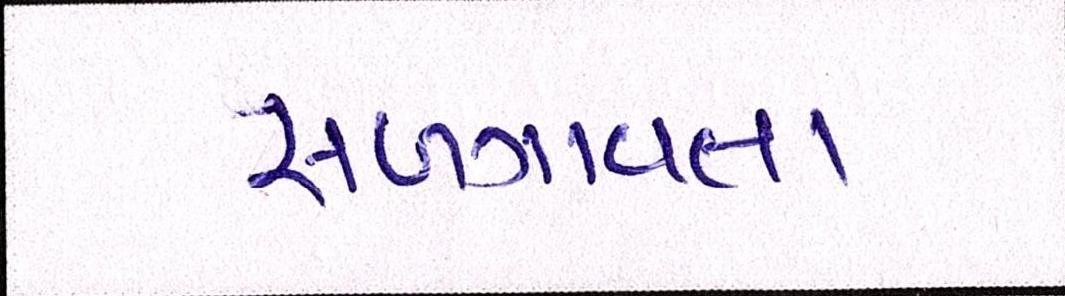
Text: સળગાવતા